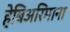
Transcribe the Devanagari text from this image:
हेबिअरिमाना